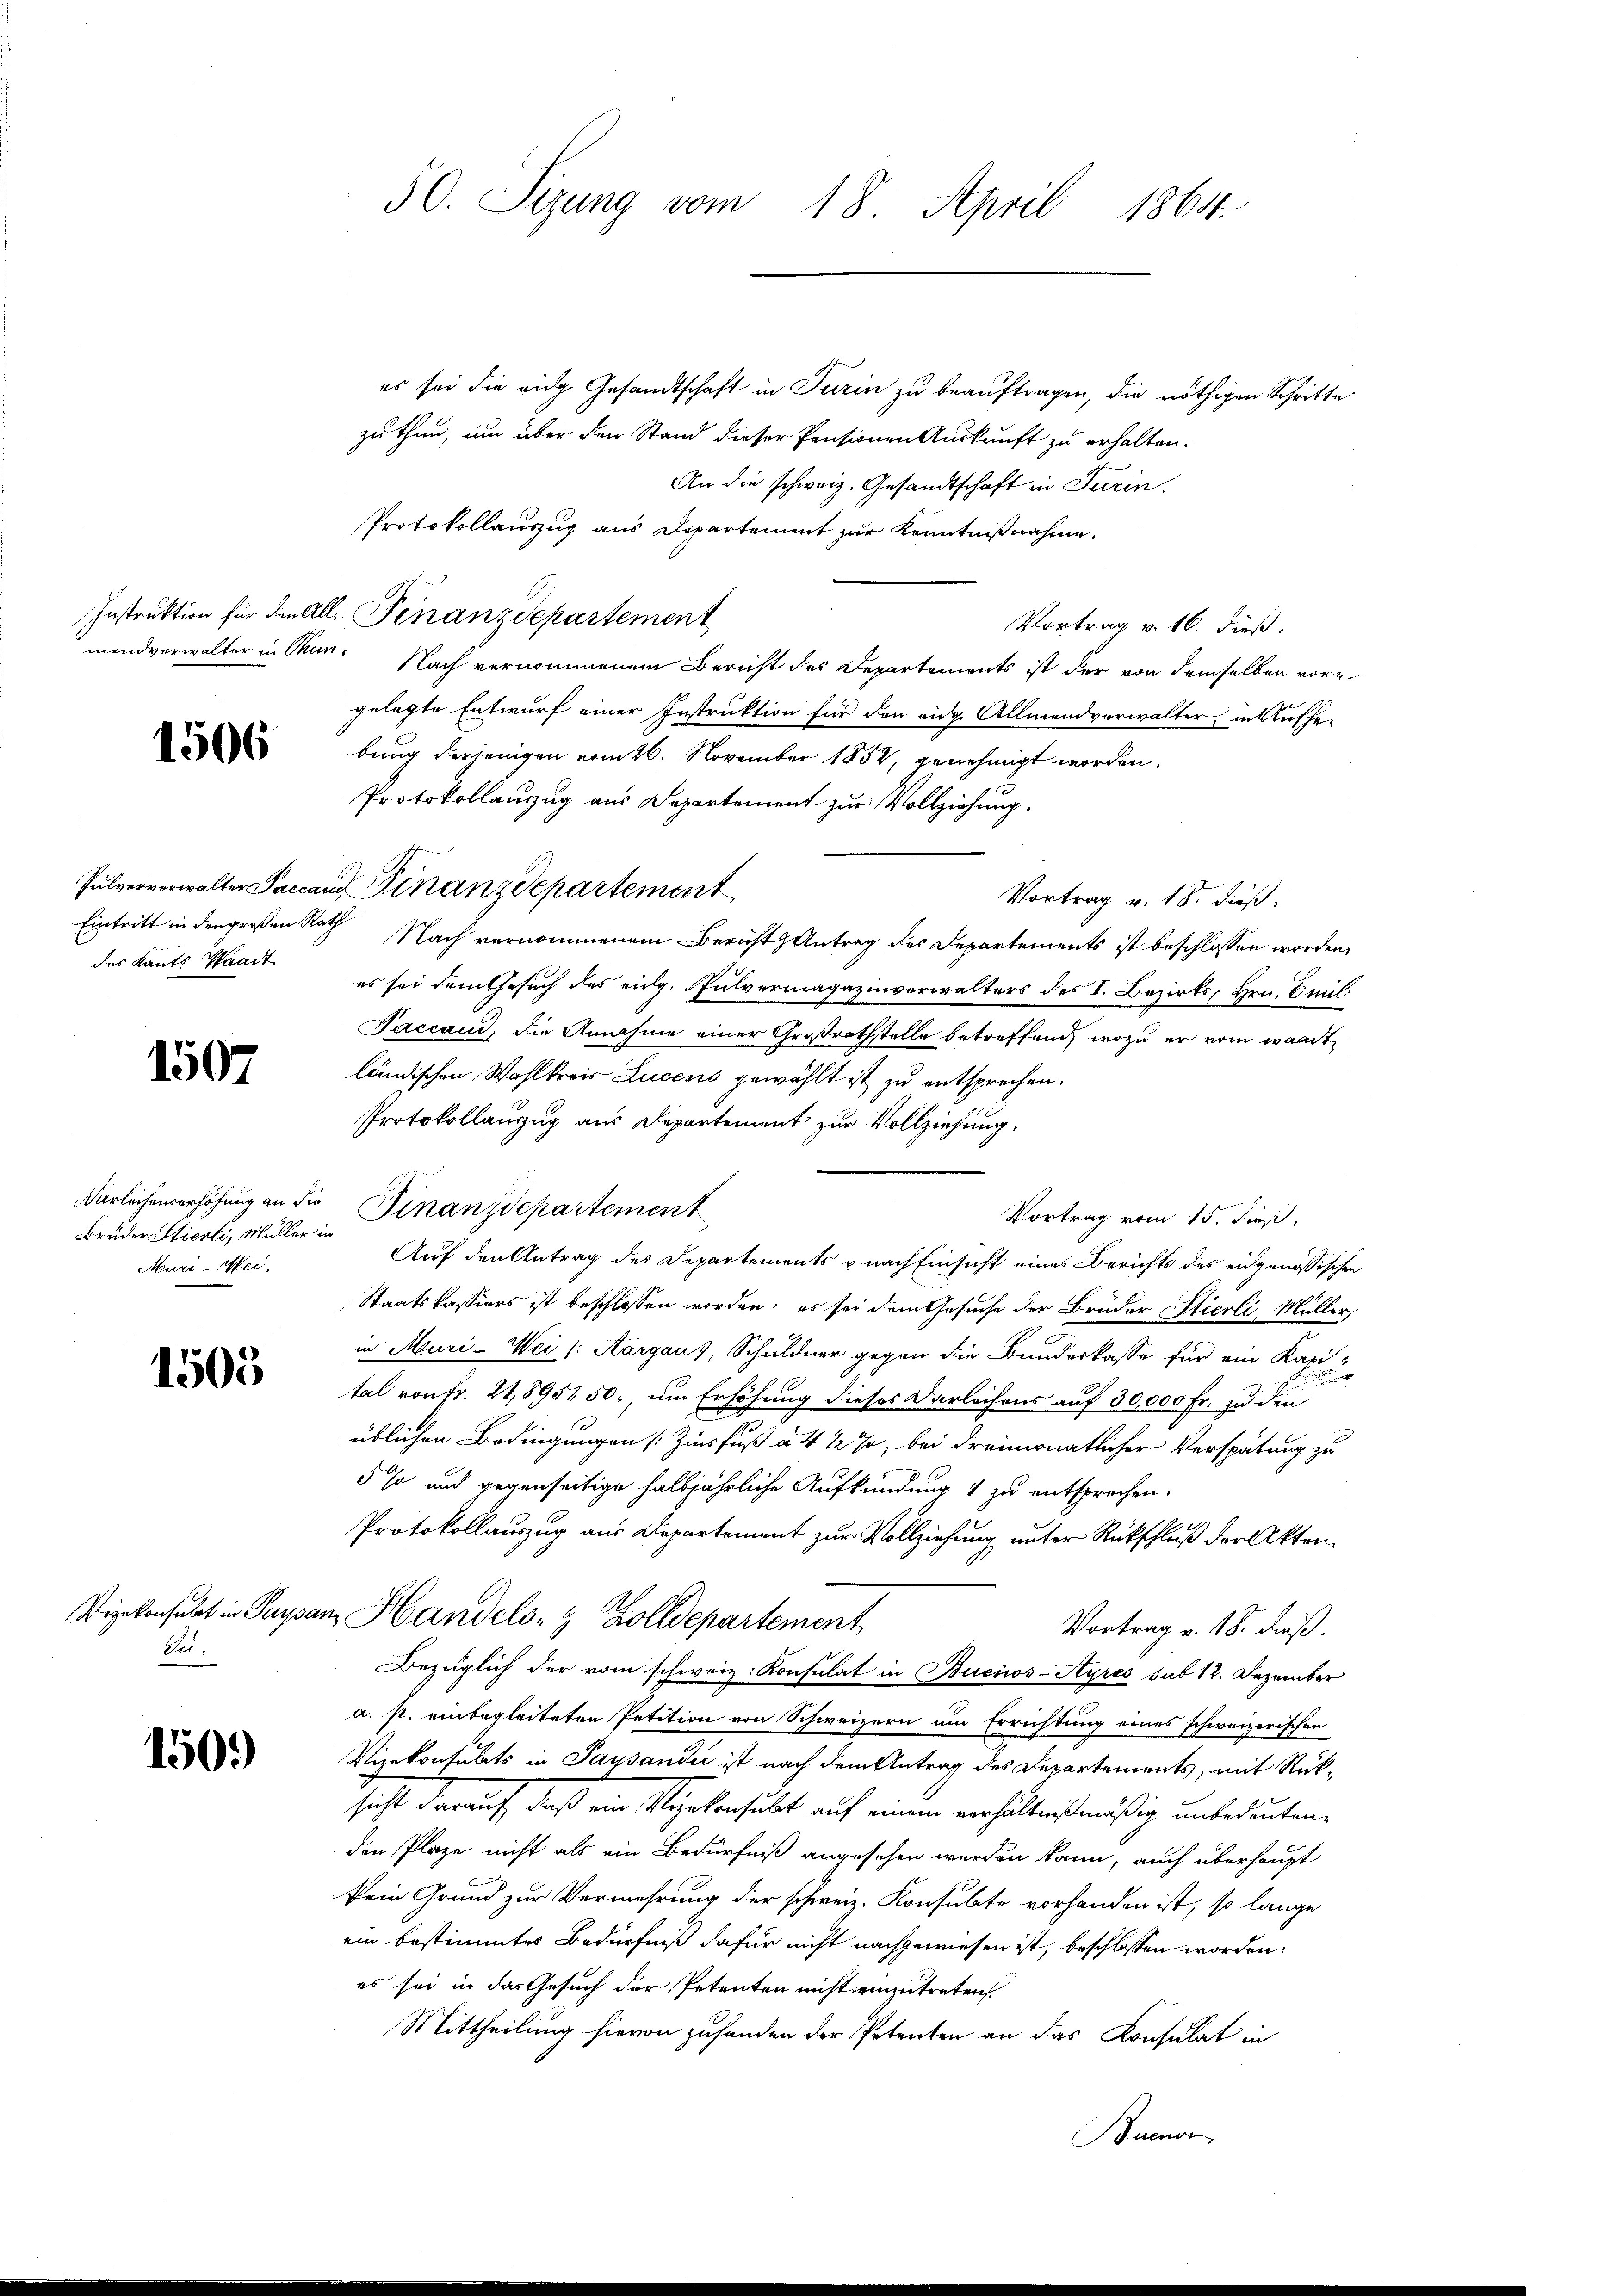
1506

des Kants Standt

1507

Brüder Stierli, Müller in
Muri-Wei.

1505

Gei.

150.

50. Sizung vom 18. April 1864.

es sei die ein Gesandtschaft in Turin zu beauftragen, die nöthigen Schritte
zu thun, um über den Stand dieser Pensionen Auskunft zu erhalten.
An die schweiz. Gesandtschaft in Turin.
Protokollauszug aus Departement zur Kenntnißnahme.
Instruktion für den Alle Finanzdepartement
Vortrag v. 16. dieß.
mandverwalter in Thun. Nach vernommenem Bericht des Departements ist der von demselben vore
gelegte Entwurf einer Instruktion für den eidg. Allmend verwalter, in Aufhebung derjenigen vom 26. November 1852, genehmigt worden.
Protokollauszug aus Departement zur Vollziehung.
Vortrag v. 18. dieß:
Eintritt in den großen Rath Nach vernommenem Bericht Antrag des Departements ist beschlossen worden,
es sei dem Gesuch des eidg. Pulvermagazinverwalters des I. Bezirks, Hrn. Emil
Faccaud, die Annahme einer Großrathstelle betreffend, wozu er vom wardt-
ländischen Wahlkreis Lucens gewählt ist zu entsprechen.
Protokollanzug aus Departement zur Vollziehung.
ärlichenverhöhung an die Finanzdepartement
Vortrag vom 15. dieß,
Auf den Antrag des Departements u nach Einsicht eines Berichts des eidgenössischen
Staatskassiers ist beschlossen worden; es sei dem Gesuche der Brüder Stierli, Müller,
in Muri-Wei /: Aargaus, Schuldner gegen die Bundeskasse für ein Kapital von Fr. 21,895450., um Erhöhung dieses Darleihens auf 30,000 Fr. zu den
üblichen Bedingungen Zinsfuß à 4 1/2 %, bei dreimonatlicher Verspätung zu
5 % und gegenseitige halbjährliche Aufkündung & zu entsprochen.
Protokollauszug aus Departement zur Vollziehung unter Rückschluß der Akten.
Wiekonsulat in Paysan Handels- & Zolldepartement
Vortrag v. 18. dieß.
Bezüglich der vom schweiz. Konsulat in Buenos-Ayres sub 12. Dezember
a. s. einbegleiteten Petition von Schweizern um Errichtung eines schweizerischen
Vizekonsulats in Pausander ist nach dem Antrag des Departements, mit Rücksicht darauf, daß ein Rynkonsult auf einem verhältnißmäßig unbedeuten,
den Plaze nicht als ein Bedürfniß angesehen werden kann, auch überhaupt
kein Grund zur Vermehrung der schweiz. Konsulate vorhanden ist, so lange
ein bestimmtes Bedürfniß dafür nicht nachgewiesen ist, beschlossen worden:
es sei in das Gesuch der Petenten nicht einzutreten.
Mittheilung hievon zuhanden der Petenten an das Konsulat in
Buenor

Pulververwalter Paccans Finanzdepartement